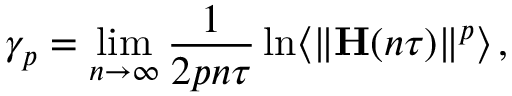
\gamma _ { p } = \operatorname* { l i m } _ { n \to \infty } \frac { 1 } { 2 p n \tau } \ln \langle \| { \bf H } ( n \tau ) \| ^ { p } \rangle \, ,